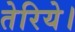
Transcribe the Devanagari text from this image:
तेरिये।